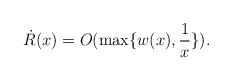
\begin{align*}\dot{R}(x)=O(\max\{w(x),\frac{1}{x}\}).\end{align*}